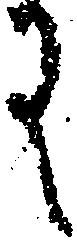
に